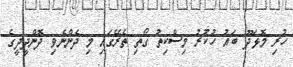
ހުރި މޮޅަދޫ ބައު ހުކުރު މިސްކިތު ގޯތި ތެރޭގައި މި ދެންނެވި ދޮންދީދީގެ